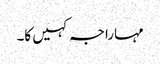
مہاراجہ کہیں کا۔